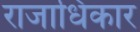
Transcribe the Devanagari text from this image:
राजाधिकार